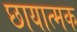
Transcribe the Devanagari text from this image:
छायात्मक